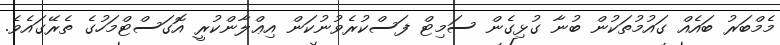
މެމްބަރު ބައެއް ގައުމުތަކުން ބުނާ ގުޅިގެން ސަމިޓް ފަސްކުރެވުނުކަން އިޢްލާންކުރީ އޮގަސްޓްމަހުގެ ތެރޭގައެވެ.